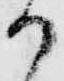
か